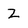
Character: Z